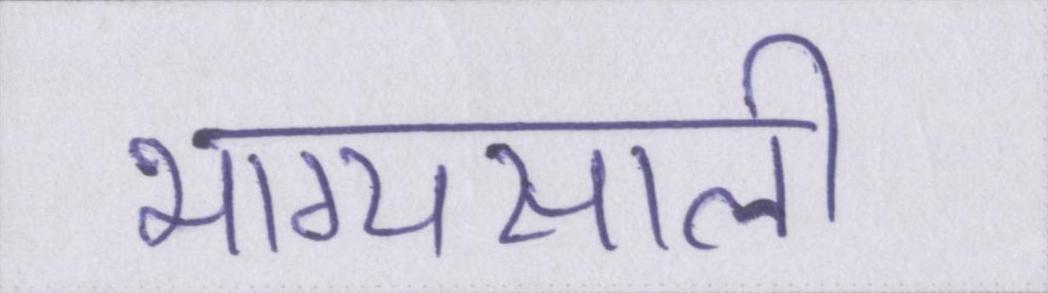
भाग्यसाली